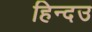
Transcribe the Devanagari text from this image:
हिन्दउ